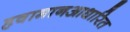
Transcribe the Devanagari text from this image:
हवामानआधारित